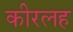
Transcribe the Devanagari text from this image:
कीरलह